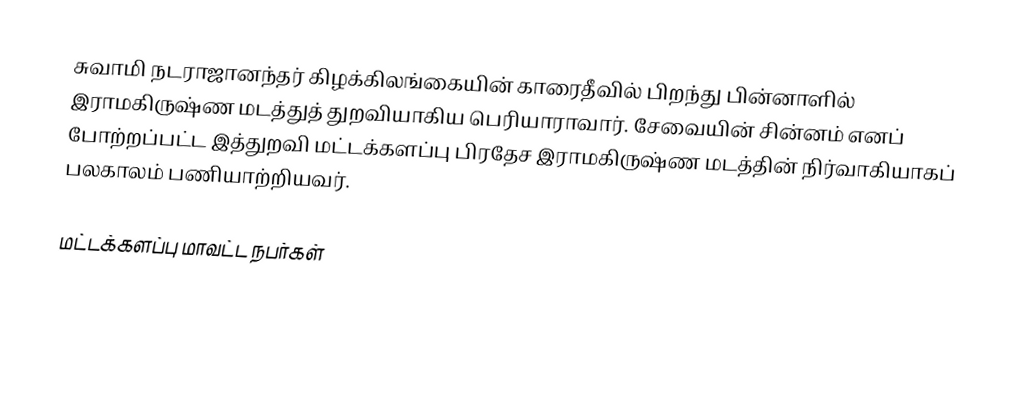
சுவாமி நடராஜானந்தர் கிழக்கிலங்கையின் காரைதீவில் பிறந்து பின்னாளில் இராமகிருஷ்ண மடத்துத் துறவியாகிய பெரியாராவார். சேவையின் சின்னம் எனப் போற்றப்பட்ட இத்துறவி மட்டக்களப்பு பிரதேச இராமகிருஷ்ண மடத்தின் நிர்வாகியாகப் பலகாலம் பணியாற்றியவர்.

மட்டக்களப்பு மாவட்ட நபர்கள்